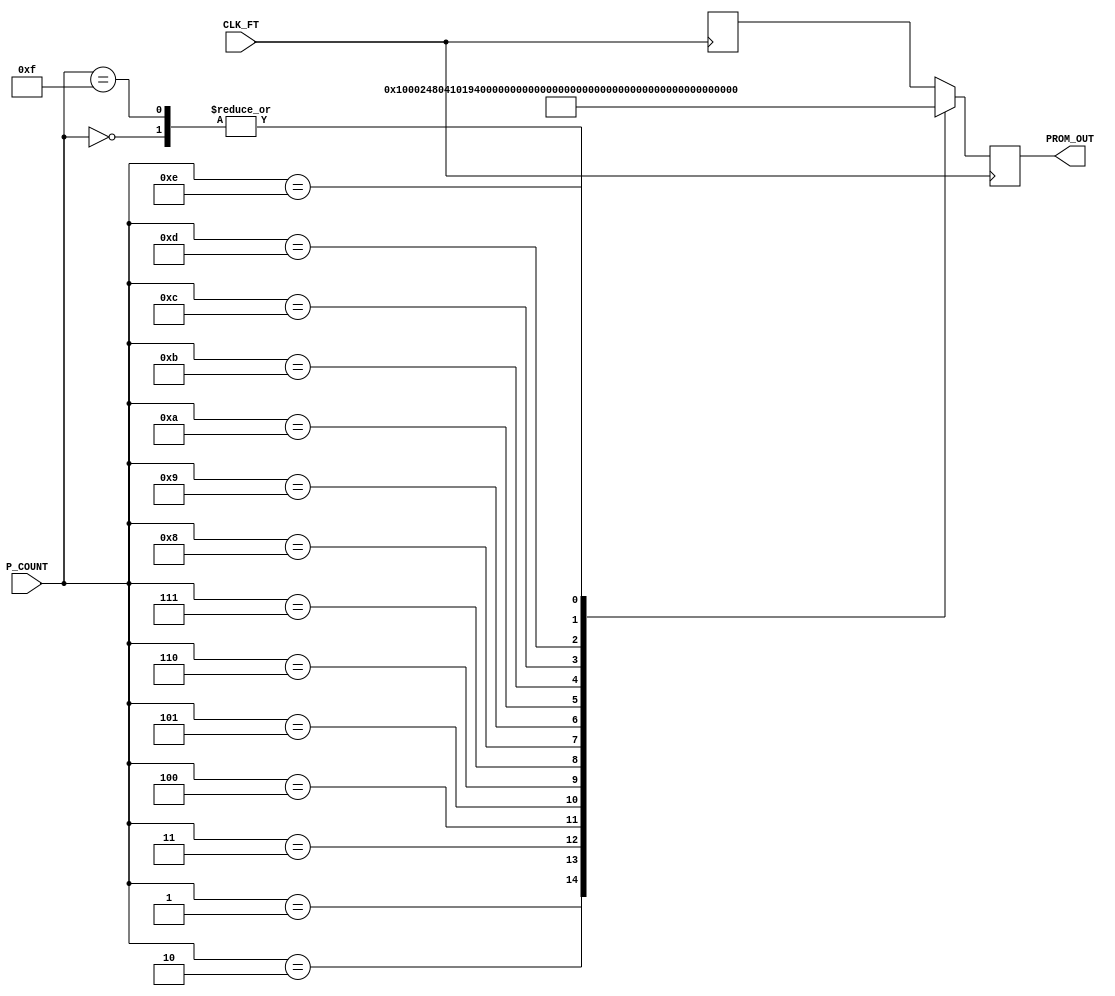
module fetch(CLK_FT, P_COUNT, PROM_OUT);
    input           CLK_FT;
    input   [7:0]   P_COUNT;
    output  [14:0]  PROM_OUT;
    reg     [14:0]  PROM_OUT;

    function [14:0] rom;
        input [7:0] addr;
        
        begin
        case (addr)
            8'h00: rom = 15'b100100000000000;  // -- ldh Reg0, 0
            8'h01: rom = 15'b100000000000000;  // -- ldl Reg0, 0
            8'h02: rom = 15'b100100100000000;  // -- ldh Reg1, 0
            8'h03: rom = 15'b100000100000001;  // -- ldl Reg1, 1
            8'h04: rom = 15'b100101000000000;  // -- ldh Reg2, 0
            8'h05: rom = 15'b100001000000000;  // -- ldl Reg2, 0
            8'h06: rom = 15'b100101100000000;  // -- ldh Reg3, 0
            8'h07: rom = 15'b100001100001010;  // -- ldl Reg3, 10
            8'h08: rom = 15'b000101000100000;  // -- add Reg2, Reg1
            8'h09: rom = 15'b000100001000000;  // -- add Reg0, Reg2
            8'h0a: rom = 15'b111000001000000;  // -- st Reg0, 64(0x40)
            8'h0b: rom = 15'b101001001100000;  // -- cmp Reg2, Reg3
            8'h0c: rom = 15'b101100000001110;  // -- je 14(0x0e)
            8'h0d: rom = 15'b110000000001000;  // -- jmp 8(0x08)
            8'h0e: rom = 15'b111100000000000;  // -- hlt
            8'h0f: rom = 15'b100100000000000;  // -- nop
        endcase
        end

        // assign memory[0]  = 15'b100100000000000;  // -- ldh Reg0, 0
        // assign memory[1]  = 15'b100000000000000;  // -- ldl Reg0, 0
        // assign memory[2]  = 15'b100100100000000;  // -- ldh Reg1, 0
        // assign memory[3]  = 15'b100000100000000;  // -- ldl Reg1, 1
        // assign memory[4]  = 15'b100101000000000;  // -- ldh Reg2, 0
        // assign memory[5]  = 15'b100001000000000;  // -- ldl Reg2, 0
        // assign memory[6]  = 15'b100101100000000;  // -- ldh Reg3, 0
        // assign memory[7]  = 15'b100001100000000;  // -- ldl Reg3, 10
        // assign memory[8]  = 15'b000101000100000;  // -- add Reg2, Reg1
        // assign memory[9]  = 15'b000100001000000;  // -- add Reg0, Reg2
        // assign memory[10] = 15'b111000001000000;  // -- st Reg0, 64(0x40)
        // assign memory[11] = 15'b101001001100000;  // -- cmp Reg2, Reg3
        // assign memory[12] = 15'b101100000001110;  // -- je 14(0x0e)
        // assign memory[13] = 15'b110000000001000;  // -- jmp 8(0x08)
        // assign memory[14] = 15'b111100000000000;  // -- hlt
        // assign memory[15] = 15'b100100000000000;  // -- nop

        // always @ (posedge CLK_FT) begin
        //     PROM_OUT <= memory[P_COUNT[3:0]];
        // end
    endfunction

    always @ (posedge CLK_FT) 
    begin
        PROM_OUT <= rom(P_COUNT);
    end

endmodule